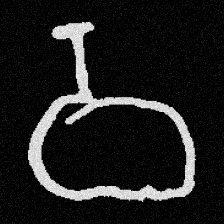
Pyu character \u2014 Myanmar letter: ဝ (romanized: wa)